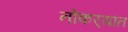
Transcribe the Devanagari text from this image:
नोकर्‍यांत